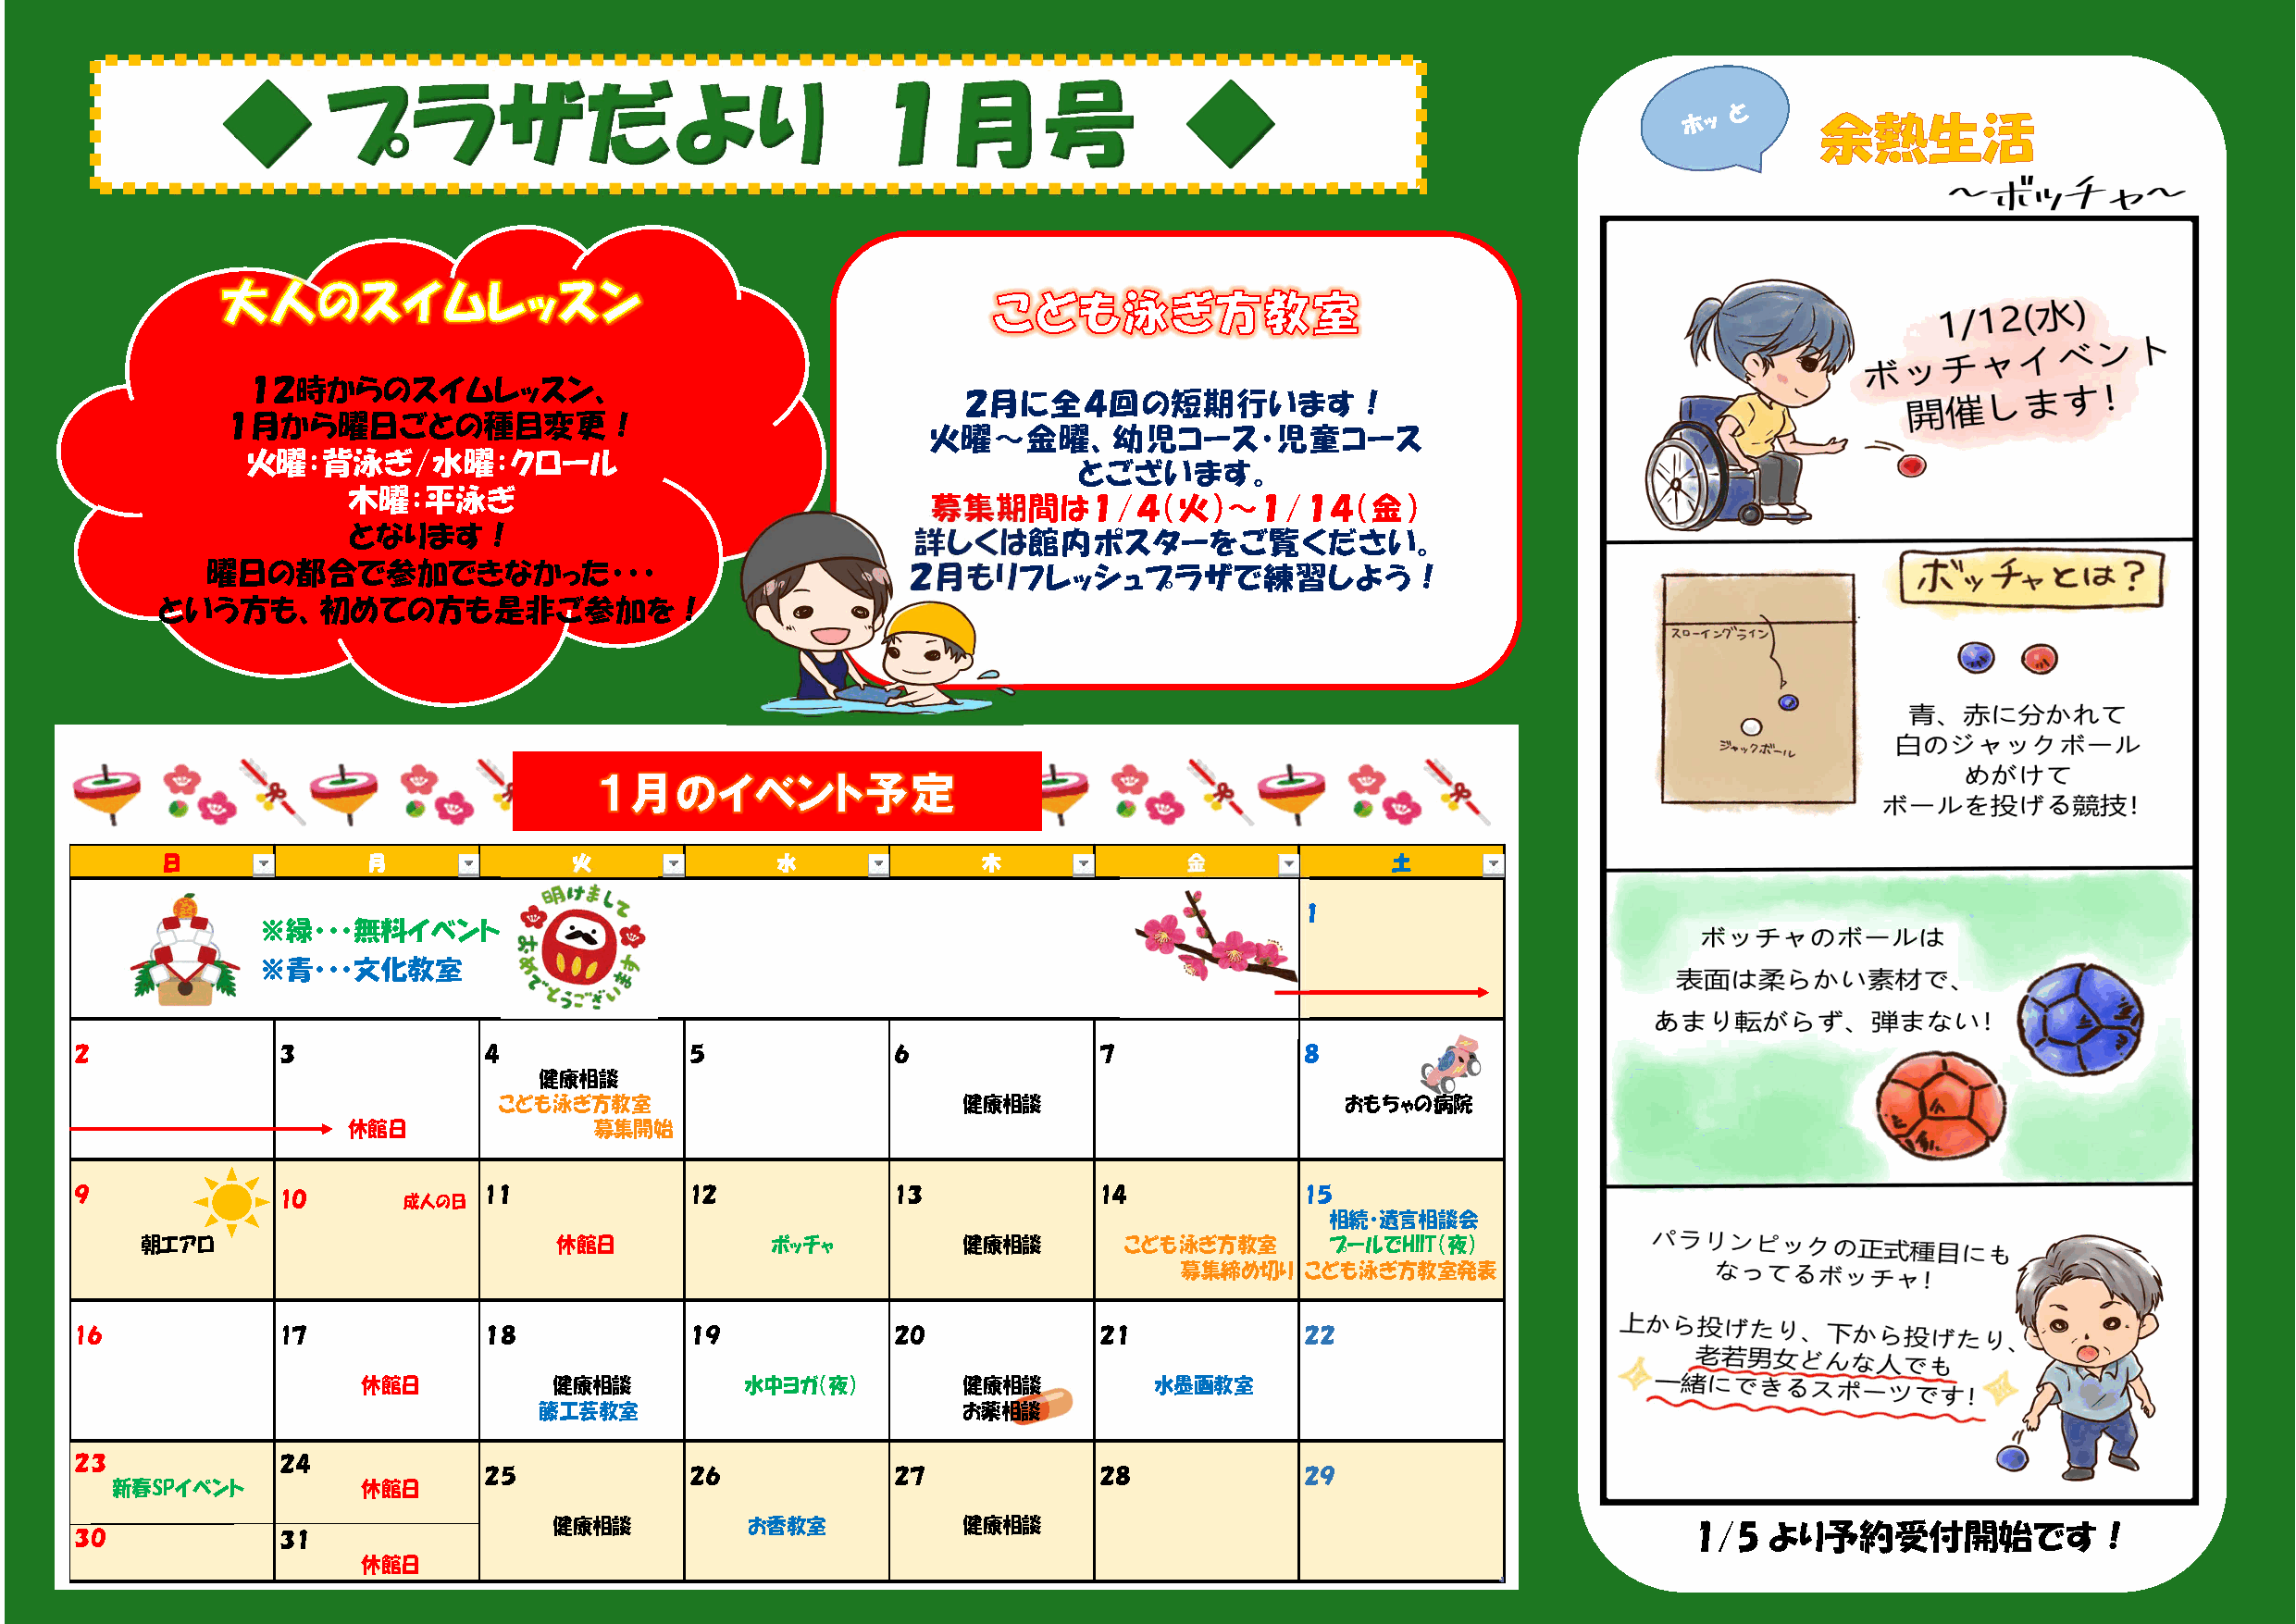
◆      プラザだより                                  １月号                   ◆
 １２時からのスイムレッスン、
 ２月に全４回の短期行います！
 １月から曜日ごとの種目変更！
 火曜～金曜、幼児コース・児童コース
 火曜：背泳ぎ/水曜：クロール
 とございます。
 木曜：平泳ぎ
 募集期間は１/４（火）～１/１４（金）
 となります！
 詳しくは館内ポスターをご覧ください。
 曜日の都合で参加できなかった・・・                                 ２月もリフレッシュプラザで練習しよう！
 という方も、初めての方も是非ご参加を！
 １月のイベント予定
 日             月              火              水             木              金              土
 １
 ※緑・・・無料イベント
 ※ 青・・・文化教室
 ２              ３              ４             ５              ６              ７             ８
 健 康 相 談
 こども泳ぎ方教室                         健康相談                       おもちゃの病院
 休館日              募集開始
 ９              1０       成人の日  1１            1２             1３             1４            1５
 相続・遺言相談会
 朝エアロ                          休館日            ボッチャ          健康相談       こども泳ぎ方教室       プールでHIIT（夜）
 募集締め切り   こども泳ぎ方教室発表
 1６             1７             １８            １９             ２０             ２１            ２２
 休館日           健康相談         水中ヨガ（夜）         健康相談          水墨画教室
 籐工芸教室                         お薬相談
 ２３             ２４
 ２５            ２６             ２７             ２８            ２９
 新春SPイベント          休館日
 健康相談         お香教室            健康相談                                                1/5   より予約受付開始です！
 ３０             ３１
 休館日